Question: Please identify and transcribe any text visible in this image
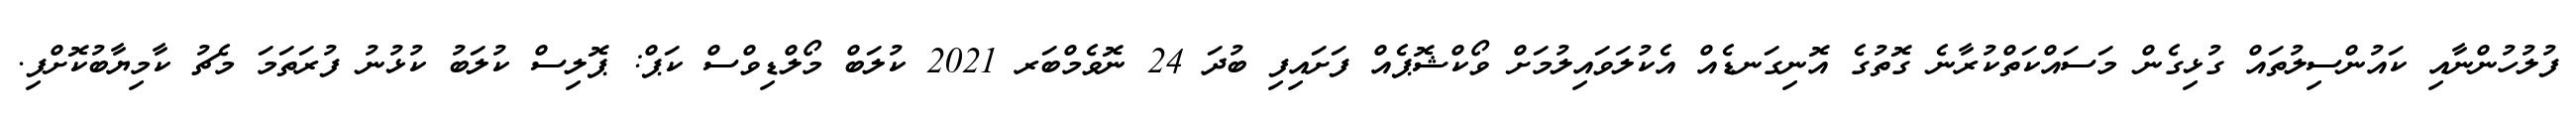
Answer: ފުލުހުންނާއި ކައުންސިލުތައް ގުޅިގެން މަސައްކަތްކުރާނެ ގޮތުގެ އޮނިގަނޑެއް އެކުލަވައިލުމަށް ވޯކްޝޮޕެއް ފަށައިފި ބުދަ 24 ނޮވެމްބަރ 2021 ކުލަބް މޯލްޑިވްސް ކަޕް: ޕޮލިސް ކުލަބު ކުޅުނު ފުރަތަމަ މެޗު ކާމިޔާބުކޮށްފި.